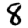
Digit: 8